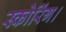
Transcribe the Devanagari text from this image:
स्कोरिंग।